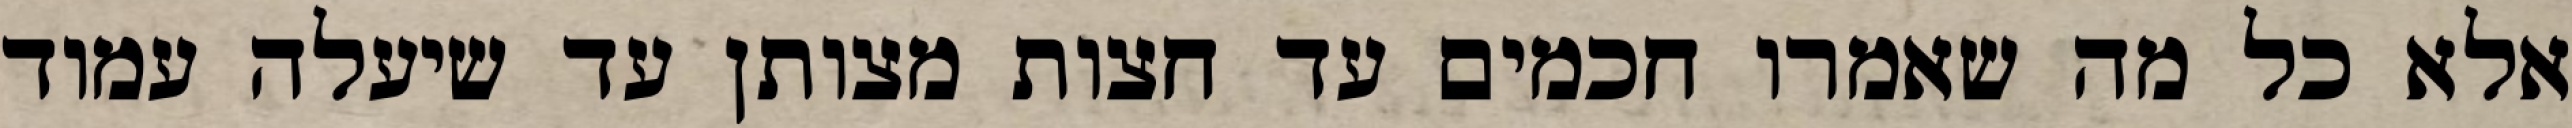
אלא כל מה שאמרו חכמים עד חצות מצותן עד שיעלה עמוד